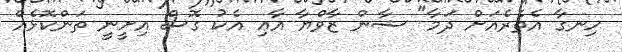
ހިނގާ އެތެރެއަށް ދަމާ" ޝާން ޒާވްޔާ އާޢި އެކު ގޮސް އިށީނީ ތަންކޮޅެއް